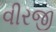
વીરજી